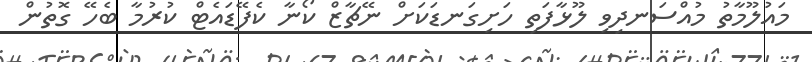
މައުލޫމާތު މުއްސަނދިވި ލޫޅާފަތި ހަށިގަނޑަކަށް ނޭޗާޒް ކޯނާ ކެފޭޑައެޓް ކުރުމާ ބެހޭ ގޮތުން